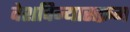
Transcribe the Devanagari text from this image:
वेशविन्यासक्रम